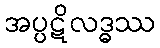
အပ္ပဋိလဒ္ဓဿ